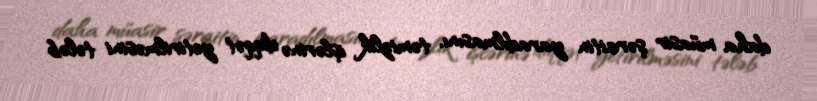
daha müasir şəraitin yaradılmasını, təmizlik işlərinə diqqət yetirilməsini tələb